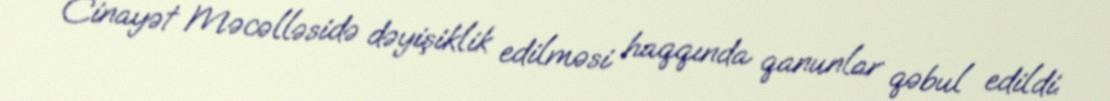
Cinayət Məcəlləsidə dəyişiklik edilməsi haqqında qanunlar qəbul edildi.